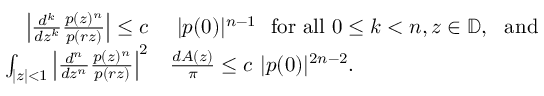
\begin{array} { r l } { \left| \frac { d ^ { k } } { d z ^ { k } } \frac { p ( z ) ^ { n } } { p ( r z ) } \right| \le c } & { \ | p ( 0 ) | ^ { n - 1 } \ \mathrm { ~ f o r ~ a l l ~ } 0 \le k < n , z \in \mathbb { D } , \ \mathrm { ~ a n d ~ } } \\ { \int _ { | z | < 1 } \left| \frac { d ^ { n } } { d z ^ { n } } \frac { p ( z ) ^ { n } } { p ( r z ) } \right| ^ { 2 } } & { \frac { d A ( z ) } { \pi } \le c \ | p ( 0 ) | ^ { 2 n - 2 } . } \end{array}